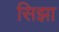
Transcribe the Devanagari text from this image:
सिझा